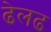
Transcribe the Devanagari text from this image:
ढेलढ